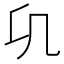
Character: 𭂪